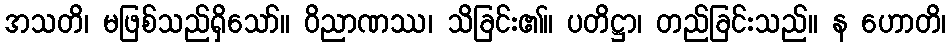
အသတိ၊ မဖြစ်သည်ရှိသော်။ ဝိညာဏဿ၊ သိခြင်း၏။ ပတိဋ္ဌာ၊ တည်ခြင်းသည်။ န ဟောတိ၊